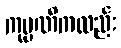
ကုမ္ပဏီကလည်း